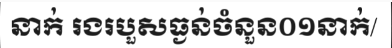
នាក់ រងរបួសធ្ងន់ចំនួន០១នាក់/